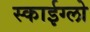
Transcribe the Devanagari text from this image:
स्काईग्लो